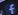
f